Scottish Leaving Certificate Examination, 1956
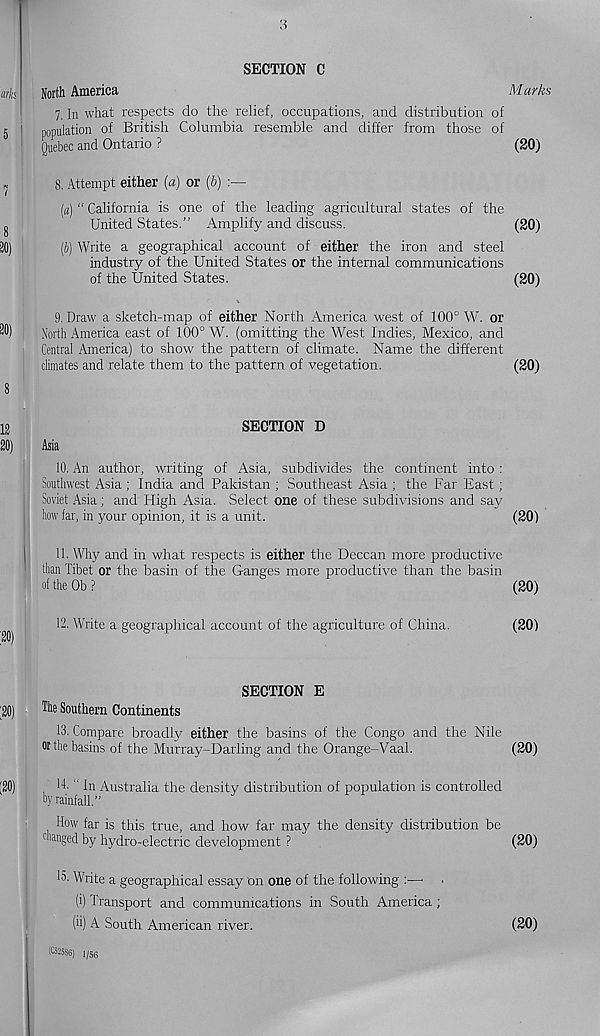
SECTION C
North America
Marks
7, In what respects do the relief, occupations, and distribution of
population of British Columbia resemble and differ from those of
Quebec and Ontario ?
(20)
8. Attempt either [a) or [b)
(«) “ California is one of the leading agricultural states of the
United States.” Amplify and discuss.
(20)
(i) Write a geographical account of either the iron and steel
industry of the United States or the internal communications
of the United States.
(20)
9. Draw a sketch-map of either North America west of 100° W. or
North America east of 100° W. (omitting the West Indies, Mexico, and
Central America) to show the pattern of climate. Name the different
dimates and relate them to the pattern of vegetation.
(20)
SECTION D
Asia
10. An author, writing of Asia, subdivides the continent into :
Southwest Asia ; India and Pakistan ; Southeast Asia ; the Far East;
Soviet Asia; and High Asia. Select one of these subdivisions and say
tow far, in your opinion, it is a unit.
(20)
11. Why and in what respects is either the Deccan more productive
than Tibet or the basin of the Ganges more productive than the basin
of the Ob ?
(20)
12. Write a geographical account of the agriculture of China.
(20)
SECTION E
The Southern Continents
13. Compare broadly either the basins of the Congo and the Nile
Wthe basins of the Murray-Darling and the Orange-Vaal.
(20)
IT " In Australia the density distribution of population is controlled
hy rainfall.”
How far is this true, and how far may the density distribution be
™anged by hydro-electric development ?
(20)
j
13. Write a geographical essay on one of the following :—• •
(i) Transport and communications in South America;
(*i) A South American river.
(20)